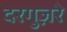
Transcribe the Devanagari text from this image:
दरगुज़रे